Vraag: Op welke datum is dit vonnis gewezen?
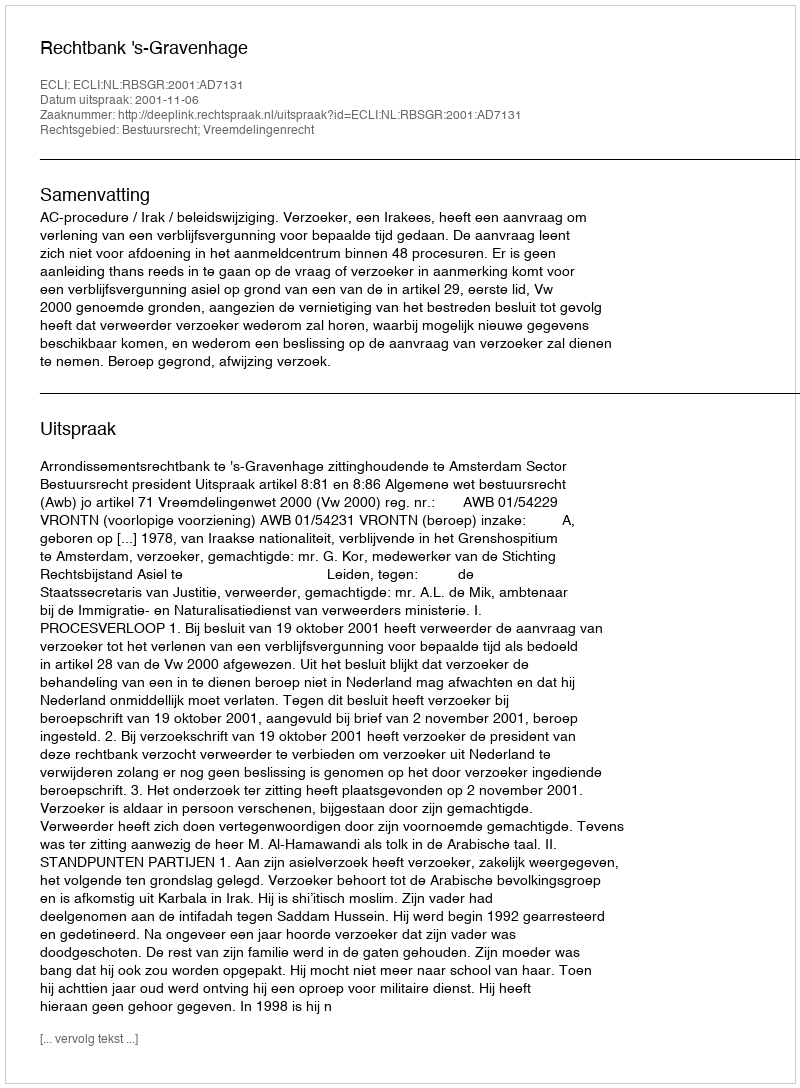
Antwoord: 2001-11-06